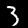
Label: 3